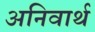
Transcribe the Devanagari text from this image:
अनिवार्थ